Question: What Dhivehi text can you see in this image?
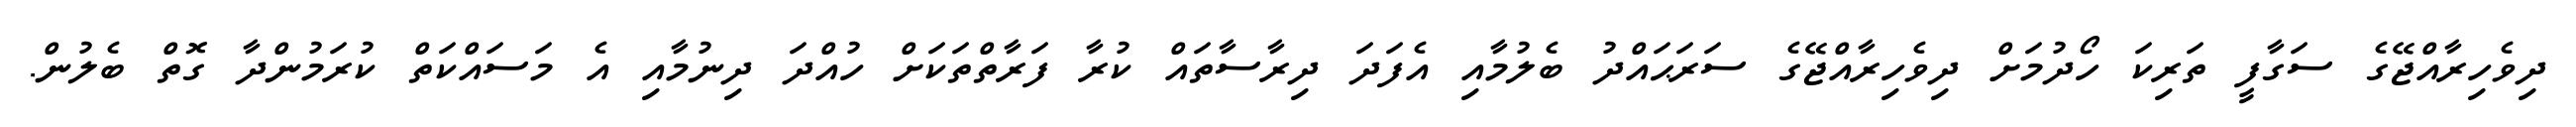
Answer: ދިވެހިރާއްޖޭގެ ސަގާފީ ތަރިކަ ހޯދުމަށް ދިވެހިރާއްޖޭގެ ސަރަޙައްދު ބެލުމާއި އެފަދަ ދިރާސާތައް ކުރާ ފަރާތްތަކަށް ހުއްދަ ދިނުމާއި އެ މަސައްކަތް ކުރަމުންދާ ގޮތް ބެލުން.